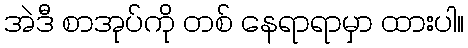
အဲဒီ စာအုပ်ကို တစ် နေရာရာမှာ ထားပါ။